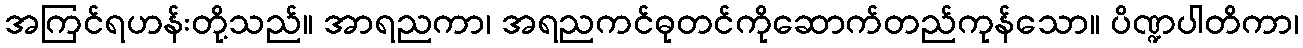
အကြင်ရဟန်းတို့သည်။ အာရညကာ၊ အရညကင်ဓုတင်ကိုဆောက်တည်ကုန်သော။ ပိဏ္ဍပါတိကာ၊